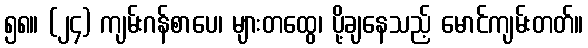
၅၈။ (၂၄) ကျမ်းဂန်စာပေ၊ များတထွေ၊ ပို့ချနေသည့် မောင်ကျမ်းတတ်။